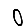
Digit: 0